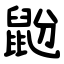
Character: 鼢